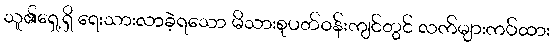
သူ၏ရှေ့ရှိ ရေးသားလာခဲ့ရသော မိသားစုပတ်ဝန်းကျင်တွင် လက်များကပ်ထား